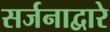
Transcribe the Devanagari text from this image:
सर्जनाद्वारे